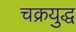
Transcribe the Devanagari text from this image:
चक्रयुद्ध